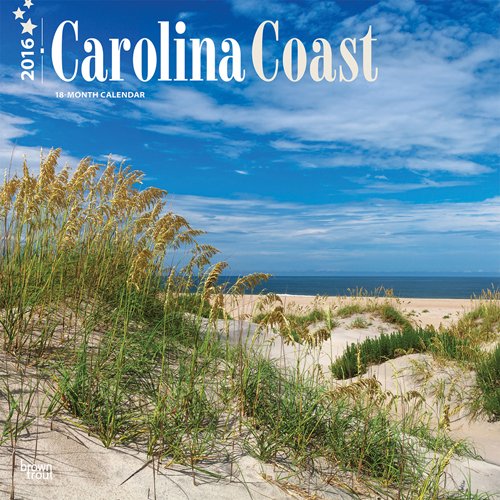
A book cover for Carolina Coast 2016 Square 12x12; Browntrout Publishers; Calendars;